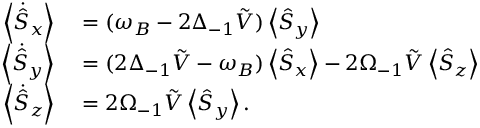
\begin{array} { r l } { \left\langle \dot { \hat { S } } _ { x } \right\rangle } & { { } = ( \omega _ { B } - 2 \Delta _ { - 1 } \tilde { V } ) \left\langle \hat { S } _ { y } \right\rangle } \\ { \left\langle \dot { \hat { S } } _ { y } \right\rangle } & { { } = ( 2 \Delta _ { - 1 } \tilde { V } - \omega _ { B } ) \left\langle \hat { S } _ { x } \right\rangle - 2 \Omega _ { - 1 } \tilde { V } \left\langle \hat { S } _ { z } \right\rangle } \\ { \left\langle \dot { \hat { S } } _ { z } \right\rangle } & { { } = 2 \Omega _ { - 1 } \tilde { V } \left\langle \hat { S } _ { y } \right\rangle . } \end{array}